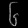
Digit: ၆